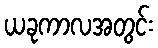
ယခုကာလအတွင်း